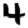
Digit: 4